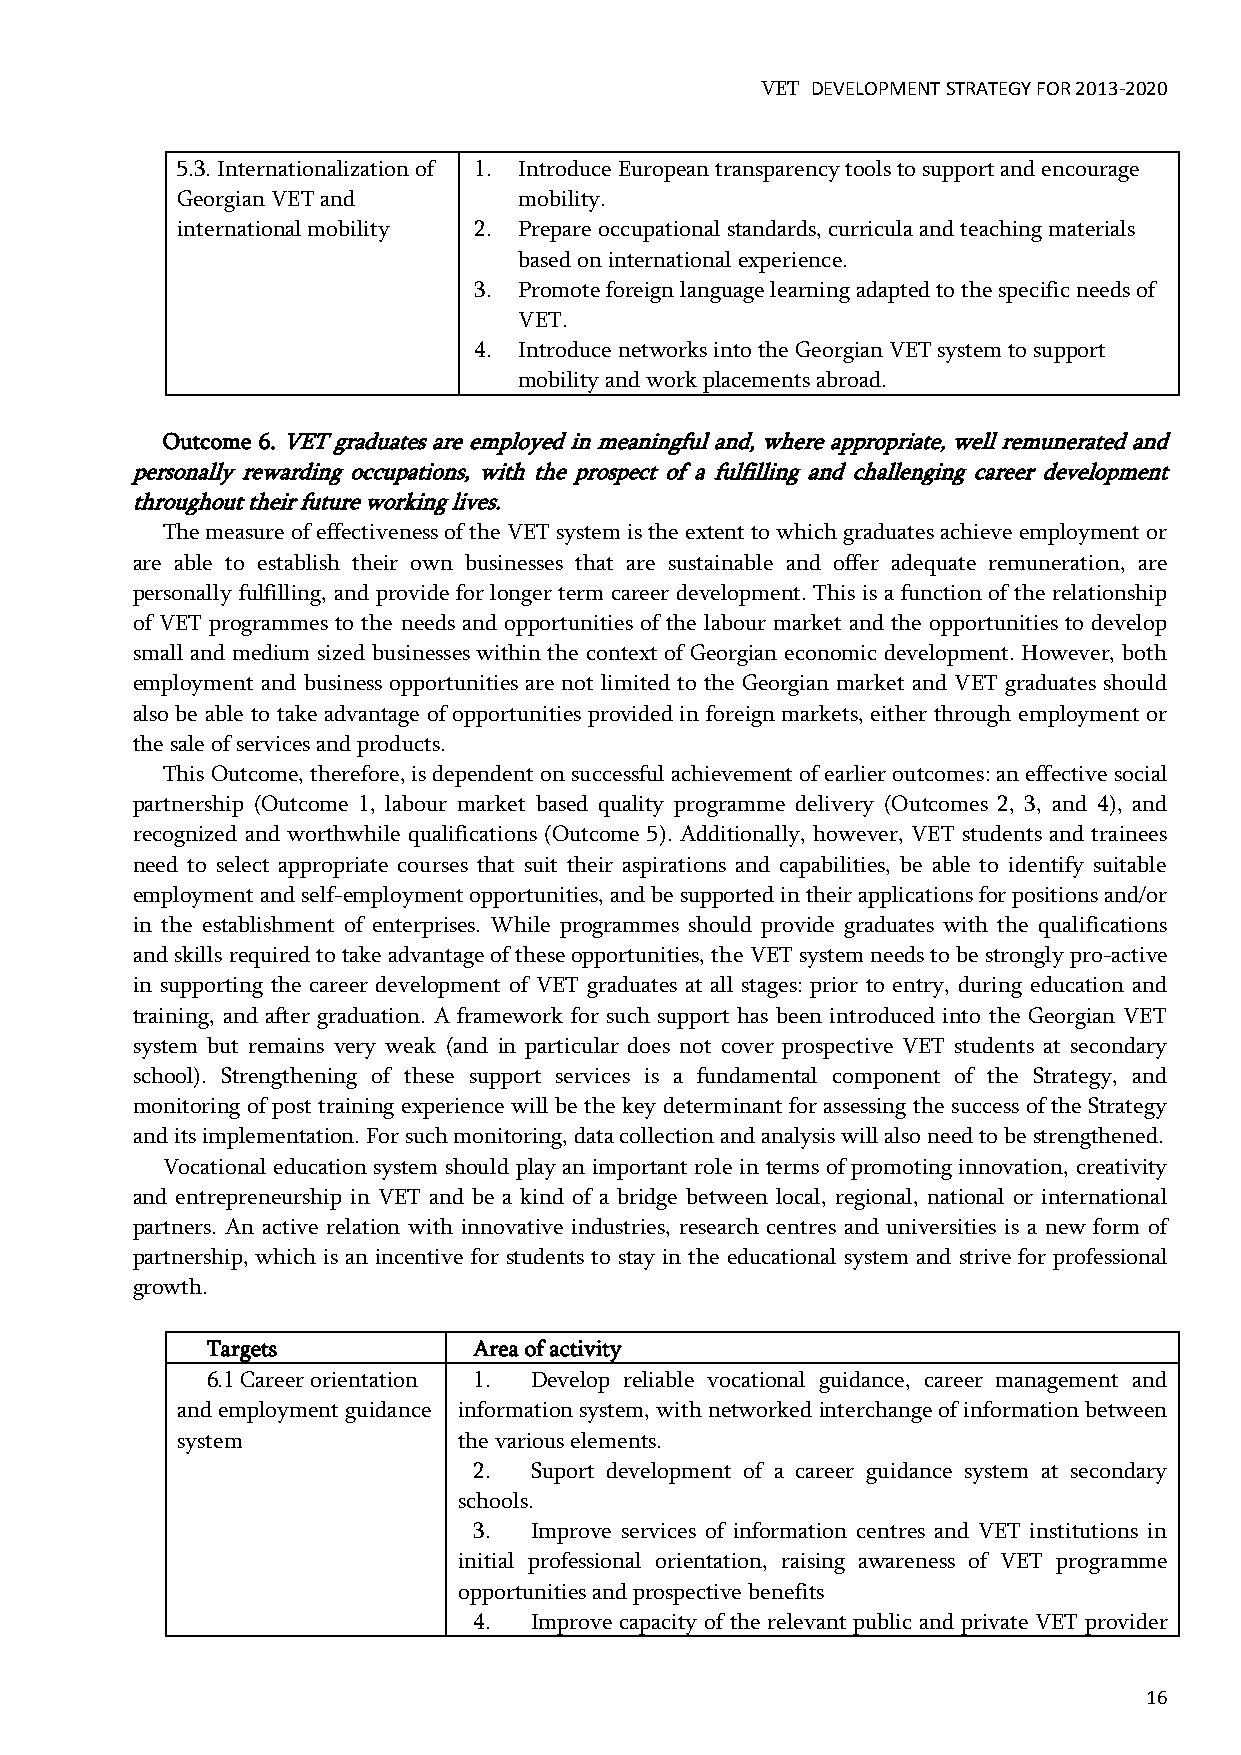
VET DEVELOPMENT STRATEGY FOR 2013-2020
 5.3. Internationalization of 1. Introduce European transparency tools to support and encourage
 Georgian VET and      mobility.
 international mobility 2. Prepare occupational standards, curricula and teaching materials
 based on international experience.
 3. Promote foreign language learning adapted to the specific needs of
 VET.
 4. Introduce networks into the Georgian VET system to support
 mobility and work placements abroad.
 Outcome 6. VET graduates are employed in meaningful and, where appropriate, well remunerated and
 personally rewarding occupations, with the prospect of a fulfilling and challenging career development
 throughout their future working lives.
 The measure of effectiveness of the VET system is the extent to which graduates achieve employment or
 are able to establish their own businesses that are sustainable and offer adequate remuneration, are
 personally fulfilling, and provide for longer term career development. This is a function of the relationship
 of VET programmes to the needs and opportunities of the labour market and the opportunities to develop
 small and medium sized businesses within the context of Georgian economic development. However, both
 employment and business opportunities are not limited to the Georgian market and VET graduates should
 also be able to take advantage of opportunities provided in foreign markets, either through employment or
 the sale of services and products.
 This Outcome, therefore, is dependent on successful achievement of earlier outcomes: an effective social
 partnership (Outcome 1, labour market based quality programme delivery (Outcomes 2, 3, and 4), and
 recognized and worthwhile qualifications (Outcome 5). Additionally, however, VET students and trainees
 need to select appropriate courses that suit their aspirations and capabilities, be able to identify suitable
 employment and self-employment opportunities, and be supported in their applications for positions and/or
 in the establishment of enterprises. While programmes should provide graduates with the qualifications
 and skills required to take advantage of these opportunities, the VET system needs to be strongly pro-active
 in supporting the career development of VET graduates at all stages: prior to entry, during education and
 training, and after graduation. A framework for such support has been introduced into the Georgian VET
 system but remains very weak (and in particular does not cover prospective VET students at secondary
 school). Strengthening of these support services is a fundamental component of the Strategy, and
 monitoring of post training experience will be the key determinant for assessing the success of the Strategy
 and its implementation. For such monitoring, data collection and analysis will also need to be strengthened.
 Vocational education system should play an important role in terms of promoting innovation, creativity
 and entrepreneurship in VET and be a kind of a bridge between local, regional, national or international
 partners. An active relation with innovative industries, research centres and universities is a new form of
 partnership, which is an incentive for students to stay in the educational system and strive for professional
 growth.
 Targets          Area of activity
 6.1 Career orientation 1. Develop reliable vocational guidance, career management and
 and employment guidance information system, with networked interchange of information between
 system            the various elements.
 2.  Suport development of a career guidance system at secondary
 schools.
 3.  Improve services of information centres and VET institutions in
 initial professional orientation, raising awareness of VET programme
 opportunities and prospective benefits
 4.  Improve capacity of the relevant public and private VET provider
 16